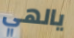
يالهي